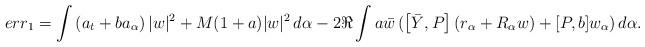
LaTeX: \begin{align*}\begin{aligned}err_1 = \int \left( a_t+ba_{\alpha}\right) |w|^2 + M (1+a)\vert w\vert ^2 \, d\alpha- 2 \Re \int a \bar w \, (\left[\bar Y,P \right] (r_\alpha+R_\alpha w) + [P,b] w_\alpha) \, d\alpha.\end{aligned}\end{align*}